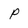
Character: P